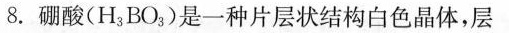
8.硼酸(H_{3}BO_{3})是一种片层状结构白色晶体，层